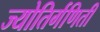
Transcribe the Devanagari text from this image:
ज्योतिर्गणिती